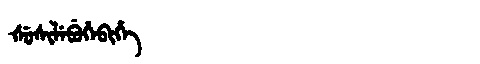
Manchu: ᡧᡠᠰᡳᠯᡝᠪᡠᡥᡝᠪᡳᡥᡝ
Romanization: ŠUSILEBUHEBIHE